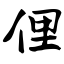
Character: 俚